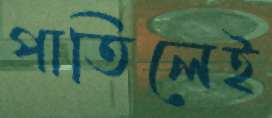
পাতিলেই